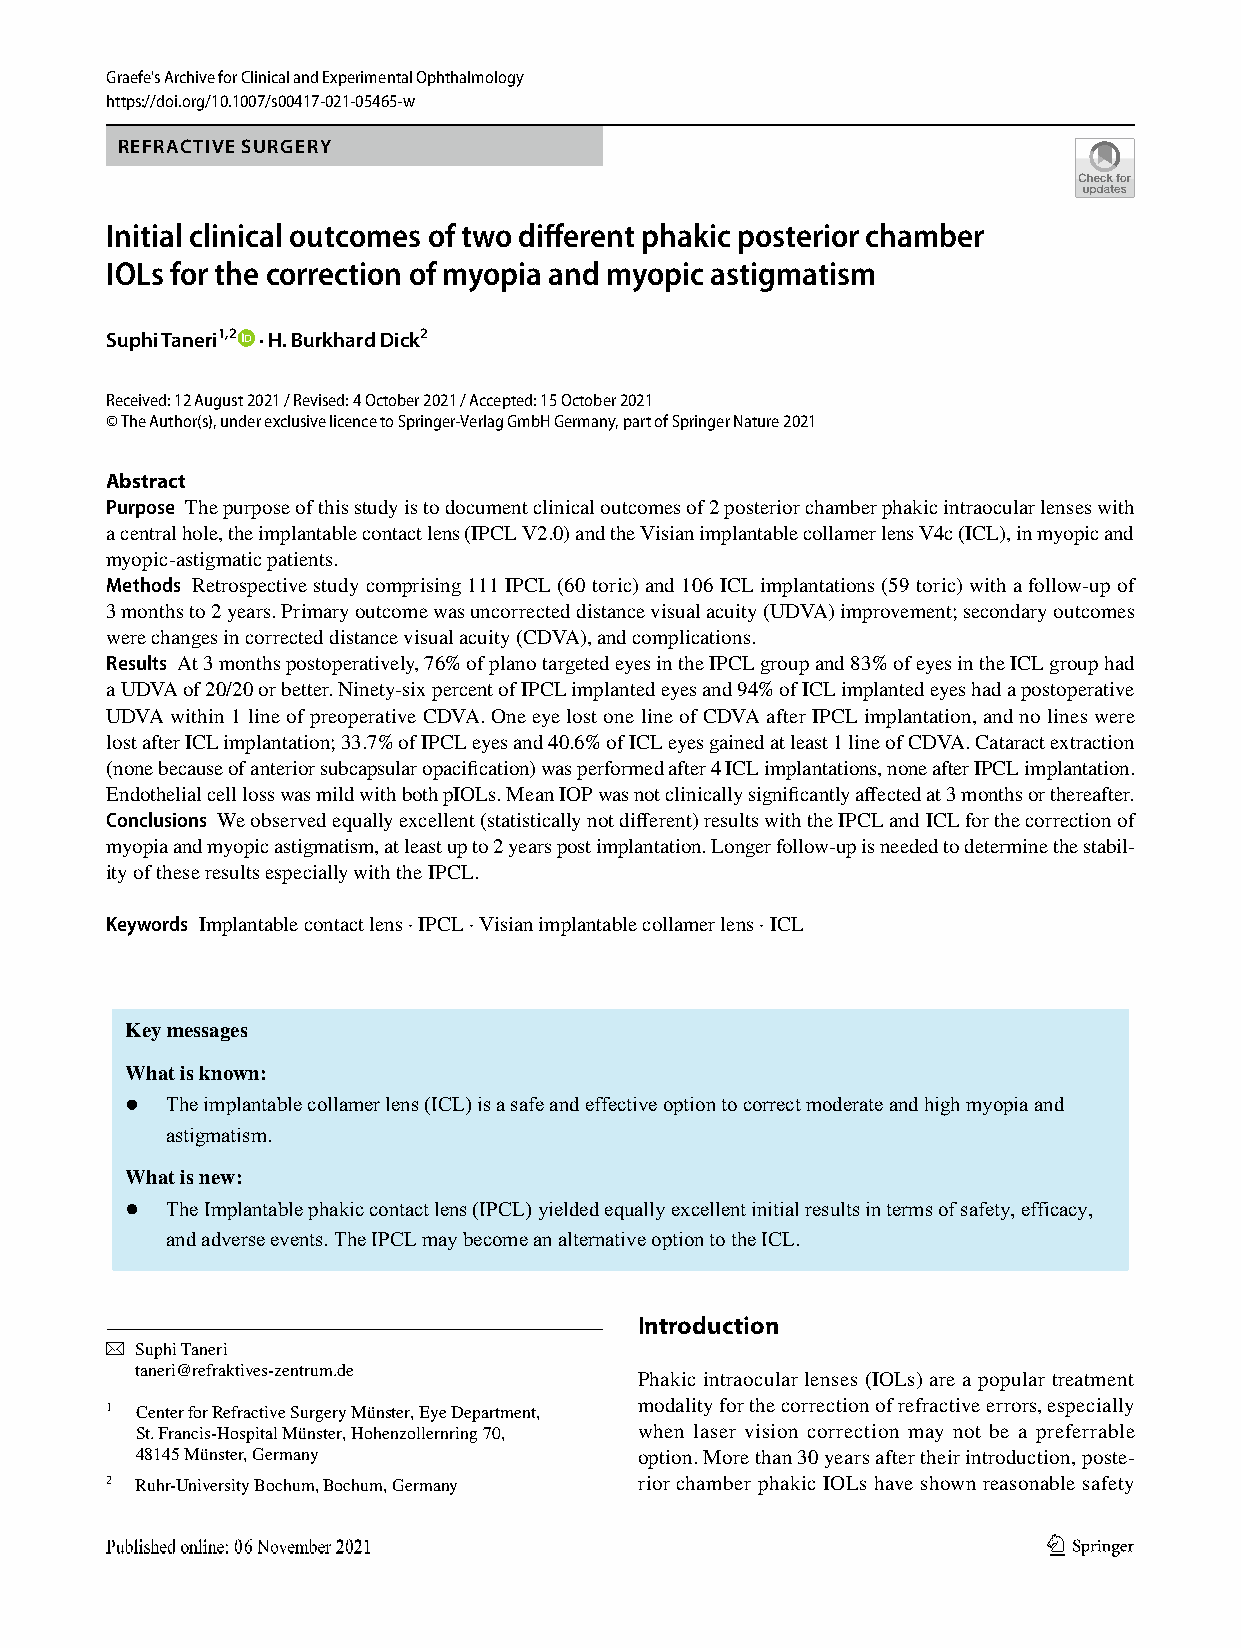
Graefe's Archive for Clinical and Experimental Ophthalmology
 https://doi.org/10.1007/s00417-021-05465-w
 REFRACTIVE SURGERY
 Initial clinical outcomes of two different phakic posterior chamber
 IOLs for the correction of myopia and myopic astigmatism
 Suphi Taneri1,2 · H. Burkhard Dick2
 Received: 12 August 2021 / Revised: 4 October 2021 / Accepted: 15 October 2021
 © The Author(s), under exclusive licence to Springer-Verlag GmbH Germany, part of Springer Nature 2021
 Abstract
 Purpose The purpose of this study is to document clinical outcomes of 2 posterior chamber phakic intraocular lenses with
 a central hole, the implantable contact lens (IPCL V2.0) and the Visian implantable collamer lens V4c (ICL), in myopic and
 myopic-astigmatic patients.
 Methods Retrospective study comprising 111 IPCL (60 toric) and 106 ICL implantations (59 toric) with a follow-up of
 3 months to 2 years. Primary outcome was uncorrected distance visual acuity (UDVA) improvement; secondary outcomes
 were changes in corrected distance visual acuity (CDVA), and complications.
 Results At 3 months postoperatively, 76% of plano targeted eyes in the IPCL group and 83% of eyes in the ICL group had
 a UDVA of 20/20 or better. Ninety-six percent of IPCL implanted eyes and 94% of ICL implanted eyes had a postoperative
 UDVA within 1 line of preoperative CDVA. One eye lost one line of CDVA after IPCL implantation, and no lines were
 lost after ICL implantation; 33.7% of IPCL eyes and 40.6% of ICL eyes gained at least 1 line of CDVA. Cataract extraction
 (none because of anterior subcapsular opacification) was performed after 4 ICL implantations, none after IPCL implantation.
 Endothelial cell loss was mild with both pIOLs. Mean IOP was not clinically significantly affected at 3 months or thereafter.
 Conclusions We observed equally excellent (statistically not different) results with the IPCL and ICL for the correction of
 myopia and myopic astigmatism, at least up to 2 years post implantation. Longer follow-up is needed to determine the stabil-
 ity of these results especially with the IPCL.
 Keywords Implantable contact lens · IPCL · Visian implantable collamer lens · ICL
 Key messages
 What is known:
 The implantable collamer lens (ICL) is a safe and effective option to correct moderate and high myopia and
 astigmatism.
 What is new:
 The Implantable phakic contact lens (IPCL) yielded equally excellent initial results in terms of safety, efficacy,
 and adverse events. The IPCL may become an alternative option to the ICL.
 Introduction
 * Suphi Taneri
 taneri@refraktives-zentrum.de
 Phakic intraocular lenses (IOLs) are a popular treatment
 1 Center for Refractive Surgery Münster, Eye Department, modality for the correction of refractive errors, especially
 St. Francis-Hospital Münster, Hohenzollernring 70, when laser vision correction may not be a preferrable
 48145 Münster, Germany           option. More than 30 years after their introduction, poste-
 2 Ruhr-University Bochum, Bochum, Germany rior chamber phakic IOLs have shown reasonable safety
 1 3
 Vol.:(0123456789)